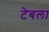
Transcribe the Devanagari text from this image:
टेबला